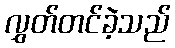
လွှတ်တင်ခဲ့သည်